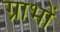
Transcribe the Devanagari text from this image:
ग्राभों